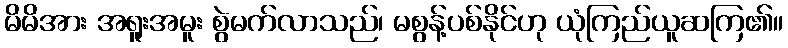
မိမိအား အရူးအမူး စွဲမက်လာသည်၊ မစွန့်ပစ်နိုင်ဟု ယုံကြည်ယူဆကြ၏။